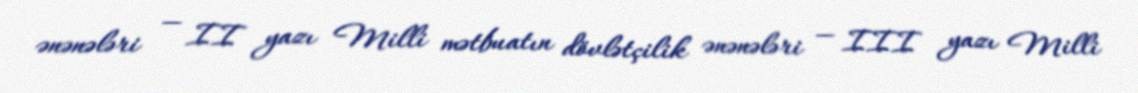
ənənələri — II yazı Milli mətbuatın dövlətçilik ənənələri — III yazı Milli